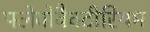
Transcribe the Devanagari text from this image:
फ्लेवोबैक्टीरियम